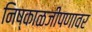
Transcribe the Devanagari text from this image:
निष्काळजीपणावर